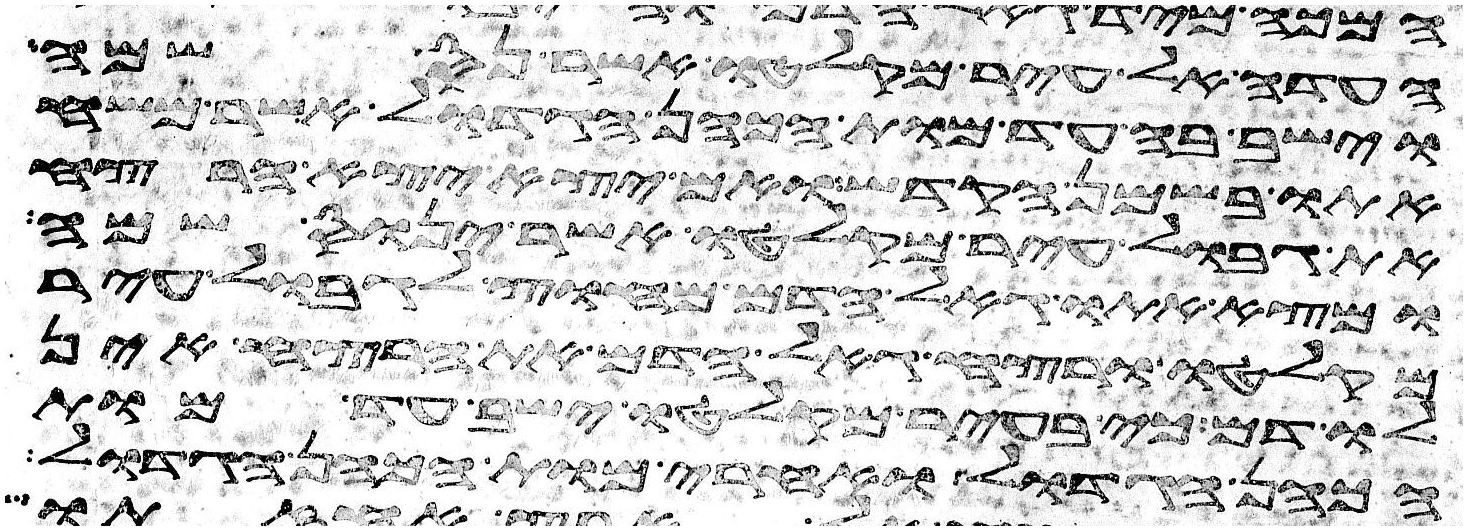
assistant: העדה אל עיר מקלטו אשר נס שמה
וישב בה עד מות הכהן הגדול אשר משח
אתו בשמן הקדש ואם יצא יצא הרצח
את גבול עיר מקלטו אשר ינוס שמה
ומצא אתו גאל הדם מחוץ לגבול עיר
מקלטו ורצח גאל הדם את הרצח אין
לו דם כי בעיר מקלטו ישב עד מות
הכהן הגדול ואחרי מות הכהן הגדול